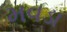
મવડા